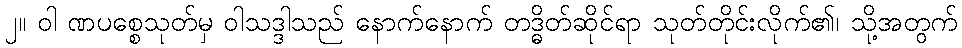
၂။ ဝါ ဏပစ္စေသုတ်မှ ဝါသဒ္ဒါသည် နောက်နောက် တဒ္ဓိတ်ဆိုင်ရာ သုတ်တိုင်းလိုက်၏၊ သို့အတွက်